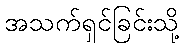
အသက်ရှင်ခြင်းသို့